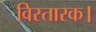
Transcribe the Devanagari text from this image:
विस्तारक।